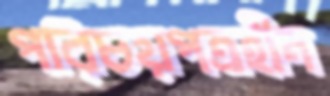
পরিচয়পত্রহীন